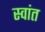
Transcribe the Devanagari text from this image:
स्वांत